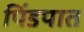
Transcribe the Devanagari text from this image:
पिंडपात